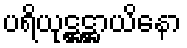
ပရိယုဋ္ဌဋ္ဌာယိနော